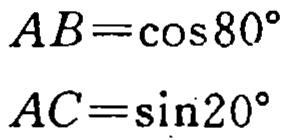
\(AB = \cos80^{\circ}\)
\(AC=\sin20^{\circ}\)